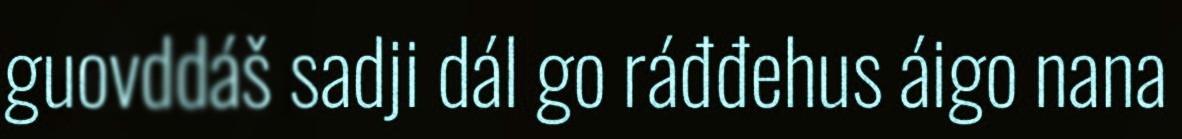
guovddáš sadji dál go ráđđehus áigo nana